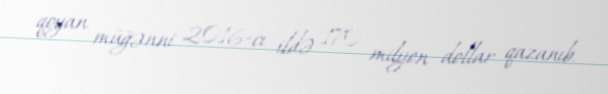
qoyan müğənni 2016-cı ildə 170 milyon dollar qazanıb.